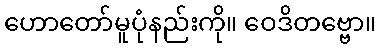
ဟောတော်မူပုံနည်းကို။ ဝေဒိတဗ္ဗော။